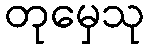
တုမှေသု